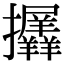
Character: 𢺟